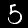
Digit: 5